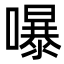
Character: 嚗